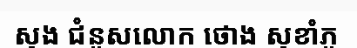
សុង ជំនួសលោក ថោង សុខាំភូ